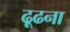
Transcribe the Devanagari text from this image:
ढ़ूढना